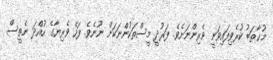
މުޚާޠަބު ކުރެވިފައިވަނީ ވެރިންނަށެވެ. ފަރުދީ މީސްތަކުންނަކަށް ނޫނެވެ. ފަހެ ވެރިޔާގެ ހުއްދަ ނެތީސް